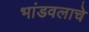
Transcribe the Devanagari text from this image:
भांडवलाचे